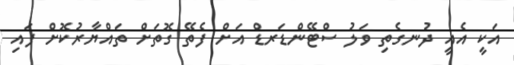
އަކީ އެއީ ދުނގެތި ވަލު ސްޓޭންޑަރޑް އަށް ފެތޭ ގޮތަށް ތައްޔާރުކޮށް ފައި